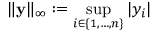
\| \mathbf { y } \| _ { \infty } : = \operatorname* { s u p } _ { i \in \{ 1 , \ldots , n \} } | y _ { i } |